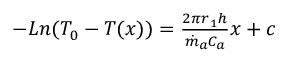
\begin{array} { r } { - L n ( T _ { 0 } - T ( x ) ) = \frac { 2 { \pi r } _ { 1 } h } { { \dot { m } } _ { a } C _ { a } } x + c } \end{array}